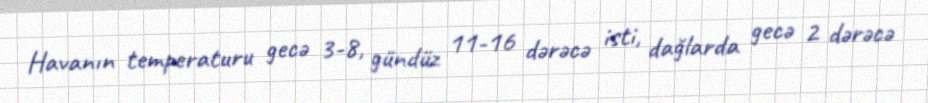
Havanın temperaturu gecə 3-8, gündüz 11-16 dərəcə isti, dağlarda gecə 2 dərəcə